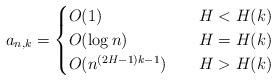
LaTeX: \begin{align*} a_{n,k}&= \begin{cases} O(1) \quad& H< H(k) \\ O(\log n) \quad& H= H(k) \\ O(n^{(2H-1)k-1}) \quad& H> H(k) \end{cases} \end{align*}